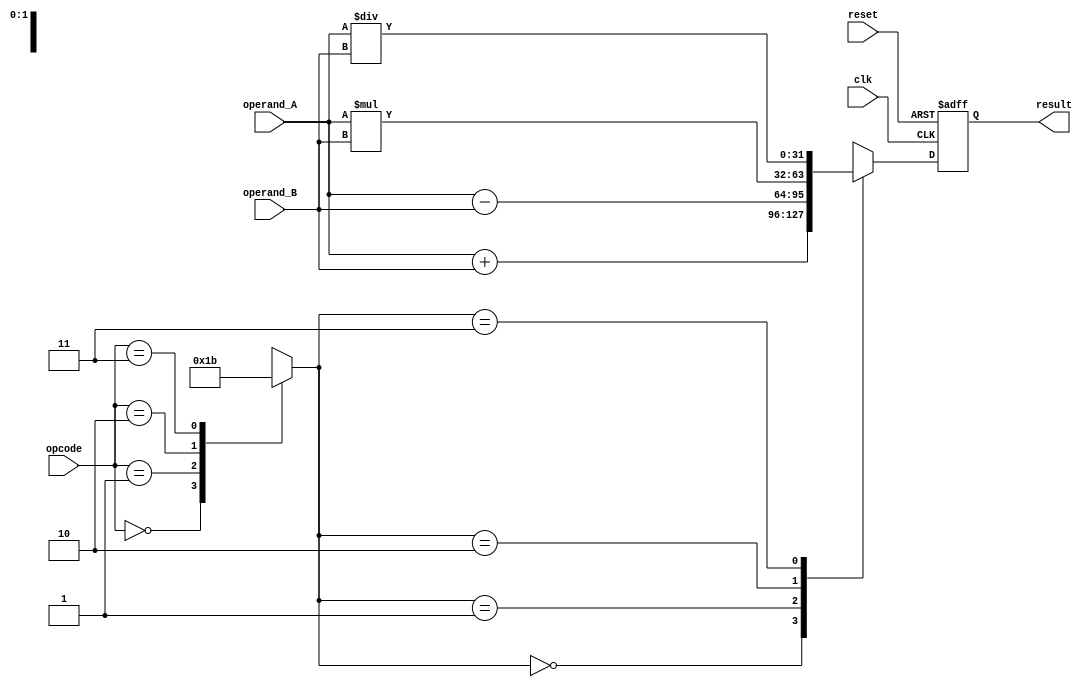
module floating_point_alu(
  input wire clk,
  input wire reset,
  input wire [1:0] opcode,
  input wire [31:0] operand_A,
  input wire [31:0] operand_B,
  output reg [31:0] result
);

// Define special cases
parameter DENORMALIZED = 2'b00;
parameter INF = 2'b01;
parameter NAN = 2'b10;

// Define control signals for selecting operation
reg [1:0] operation;
always @ (opcode)
begin
  case (opcode)
    2'b00: operation <= 2'b00; // Addition
    2'b01: operation <= 2'b01; // Subtraction
    2'b10: operation <= 2'b10; // Multiplication
    2'b11: operation <= 2'b11; // Division
  endcase
end

// Floating point ALU logic for each operation
always @ (posedge clk or posedge reset)
begin
  if (reset)
    result <= 32'd0;
  else
  begin
    case (operation)
      2'b00: result <= operand_A + operand_B; // Addition
      2'b01: result <= operand_A - operand_B; // Subtraction
      2'b10: result <= operand_A * operand_B; // Multiplication
      2'b11: result <= operand_A / operand_B; // Division
    endcase
  end
end

// Error checking mechanism
always @ (*)
begin
  if (result == DENORMALIZED || result == INF || result == NAN)
    $display("Exception occurred during operation.");
end

endmodule